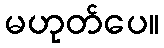
မဟုတ်ပေ။